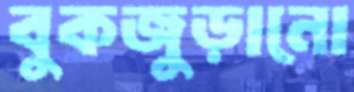
বুকজুড়ানো